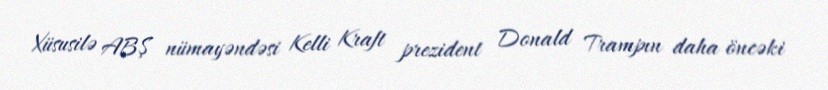
Xüsusilə ABŞ nümayəndəsi Kelli Kraft prezident Donald Trampın daha öncəki